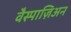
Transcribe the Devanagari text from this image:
वैस्पाज़िअन